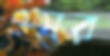
ওসর